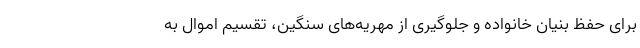
برای حفظ بنیان خانواده و جلوگیری از مهریه‌های سنگین، تقسیم اموال به